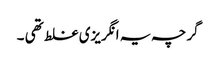
گرچہ یہ انگریزی غلط تھی ۔